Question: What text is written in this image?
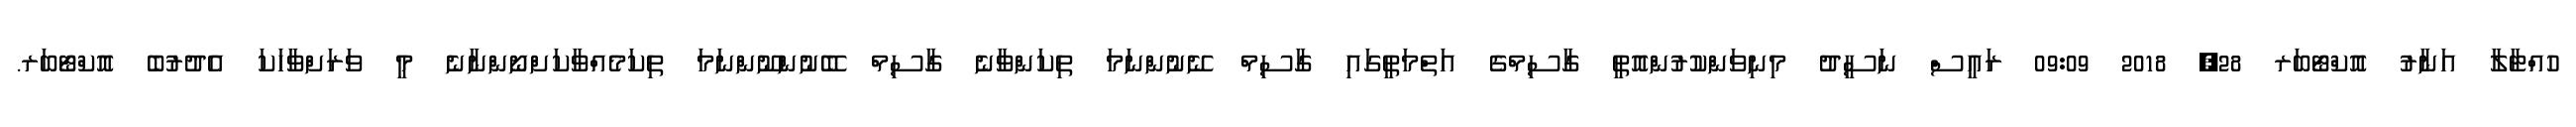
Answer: ހުއްޓާލާ އަނާރު އޮކްޓޯބަރ 28, 2018 09:09 ރައީސް ނަސީދު މިނިވަންކުރުންއޮތީ ގާސިމްގެ އަތްމަތީގައި ގާސިމް ނޭނުންނަމަ ތިކަންވާނެ ގާސިމް ބޭނުންނޫންނަމަ ތިކަމެއްވާކަށްނޯންނާނެ މީ ވަރަށްވާހަކަ އެދުރުބެ އޮކްޓޯބަރ.